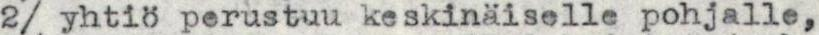
2/ yhtiö perustuu keskinäiselle pohjalle,